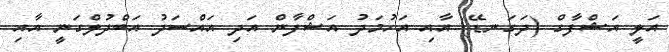
އަލީ އަޝްފާގް (ދަގަނޑޭ) އާއި އަހުމަދު އަޝްފާން އަދި އައްސަދު އަބްދުލްގަނީ އާއި